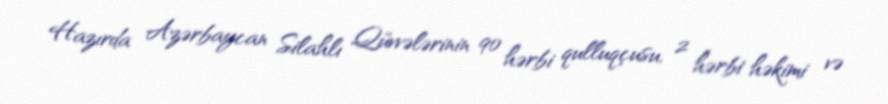
Hazırda Azərbaycan Silahlı Qüvvələrinin 90 hərbi qulluqçusu, 2 hərbi həkimi və